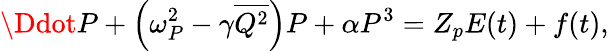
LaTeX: \Ddot{P}+\left(\omega_{P}^{2}-\gamma\overline{{Q^{2}}}\right)P+\alpha P^{3}=Z_{p}E(t)+f(t),